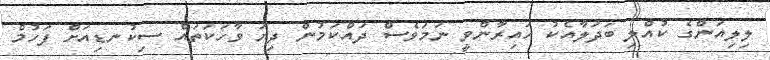
ލިލިއަންގެ ކުއްލި ބަދަލާއެކު ހައިރާންވީ ނަމަވެސް ދައްކަމުން ދިޔަ ވާހަކަތައް ސިކުނޑިއަށް ފަހުމް